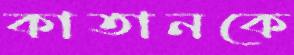
কাতানকে